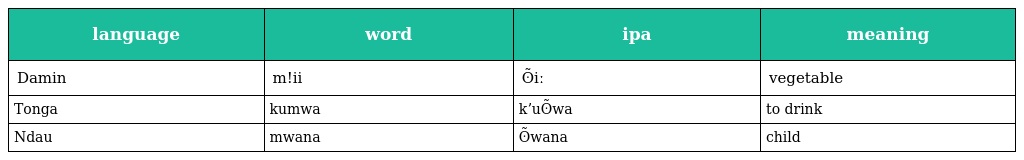
| language | word | ipa | meaning |
 | --- | --- | --- | --- |
 | Damin | m!ii | ʘ̃iː | vegetable |
 | Tonga | kumwa | kʼuʘ̃wa | to drink |
 | Ndau | mwana | ʘ̃wana | child |